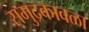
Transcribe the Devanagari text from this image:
समुद्रकावळा